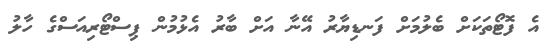
އެ ފޮޓޯތަކަށް ބެލުމަށް ފަނޑިޔާރު އޭނާ އަށް ބާރު އެޅުމުން ޕިސްޓޯރިއަސްގެ ހާލު